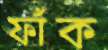
ফাঁক